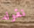
نقوله